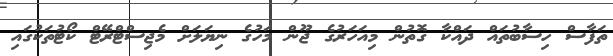
ތަފާސް ހިސާބުތައް ދައްކާ ގޮތުން މިއަހަރުގެ ޖޫން މަހުގެ ނިޔަލަށް މެޖިސްޓްރޭޓް ކޯޓުތަކުގައި